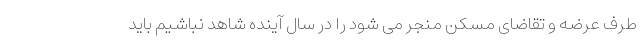
طرف عرضه و تقاضای مسکن منجر می شود را در سال آینده شاهد نباشیم باید